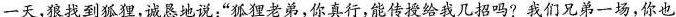
一天，狼找到狐狸，诚恳地说：”狐狸老弟，你真行，能传授给我几招吗?我们兄弟一场，你也